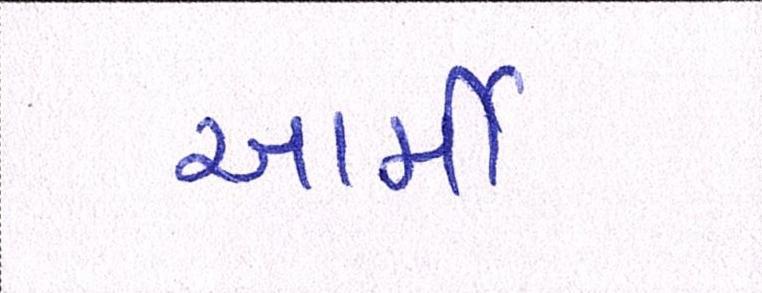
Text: આર્મી